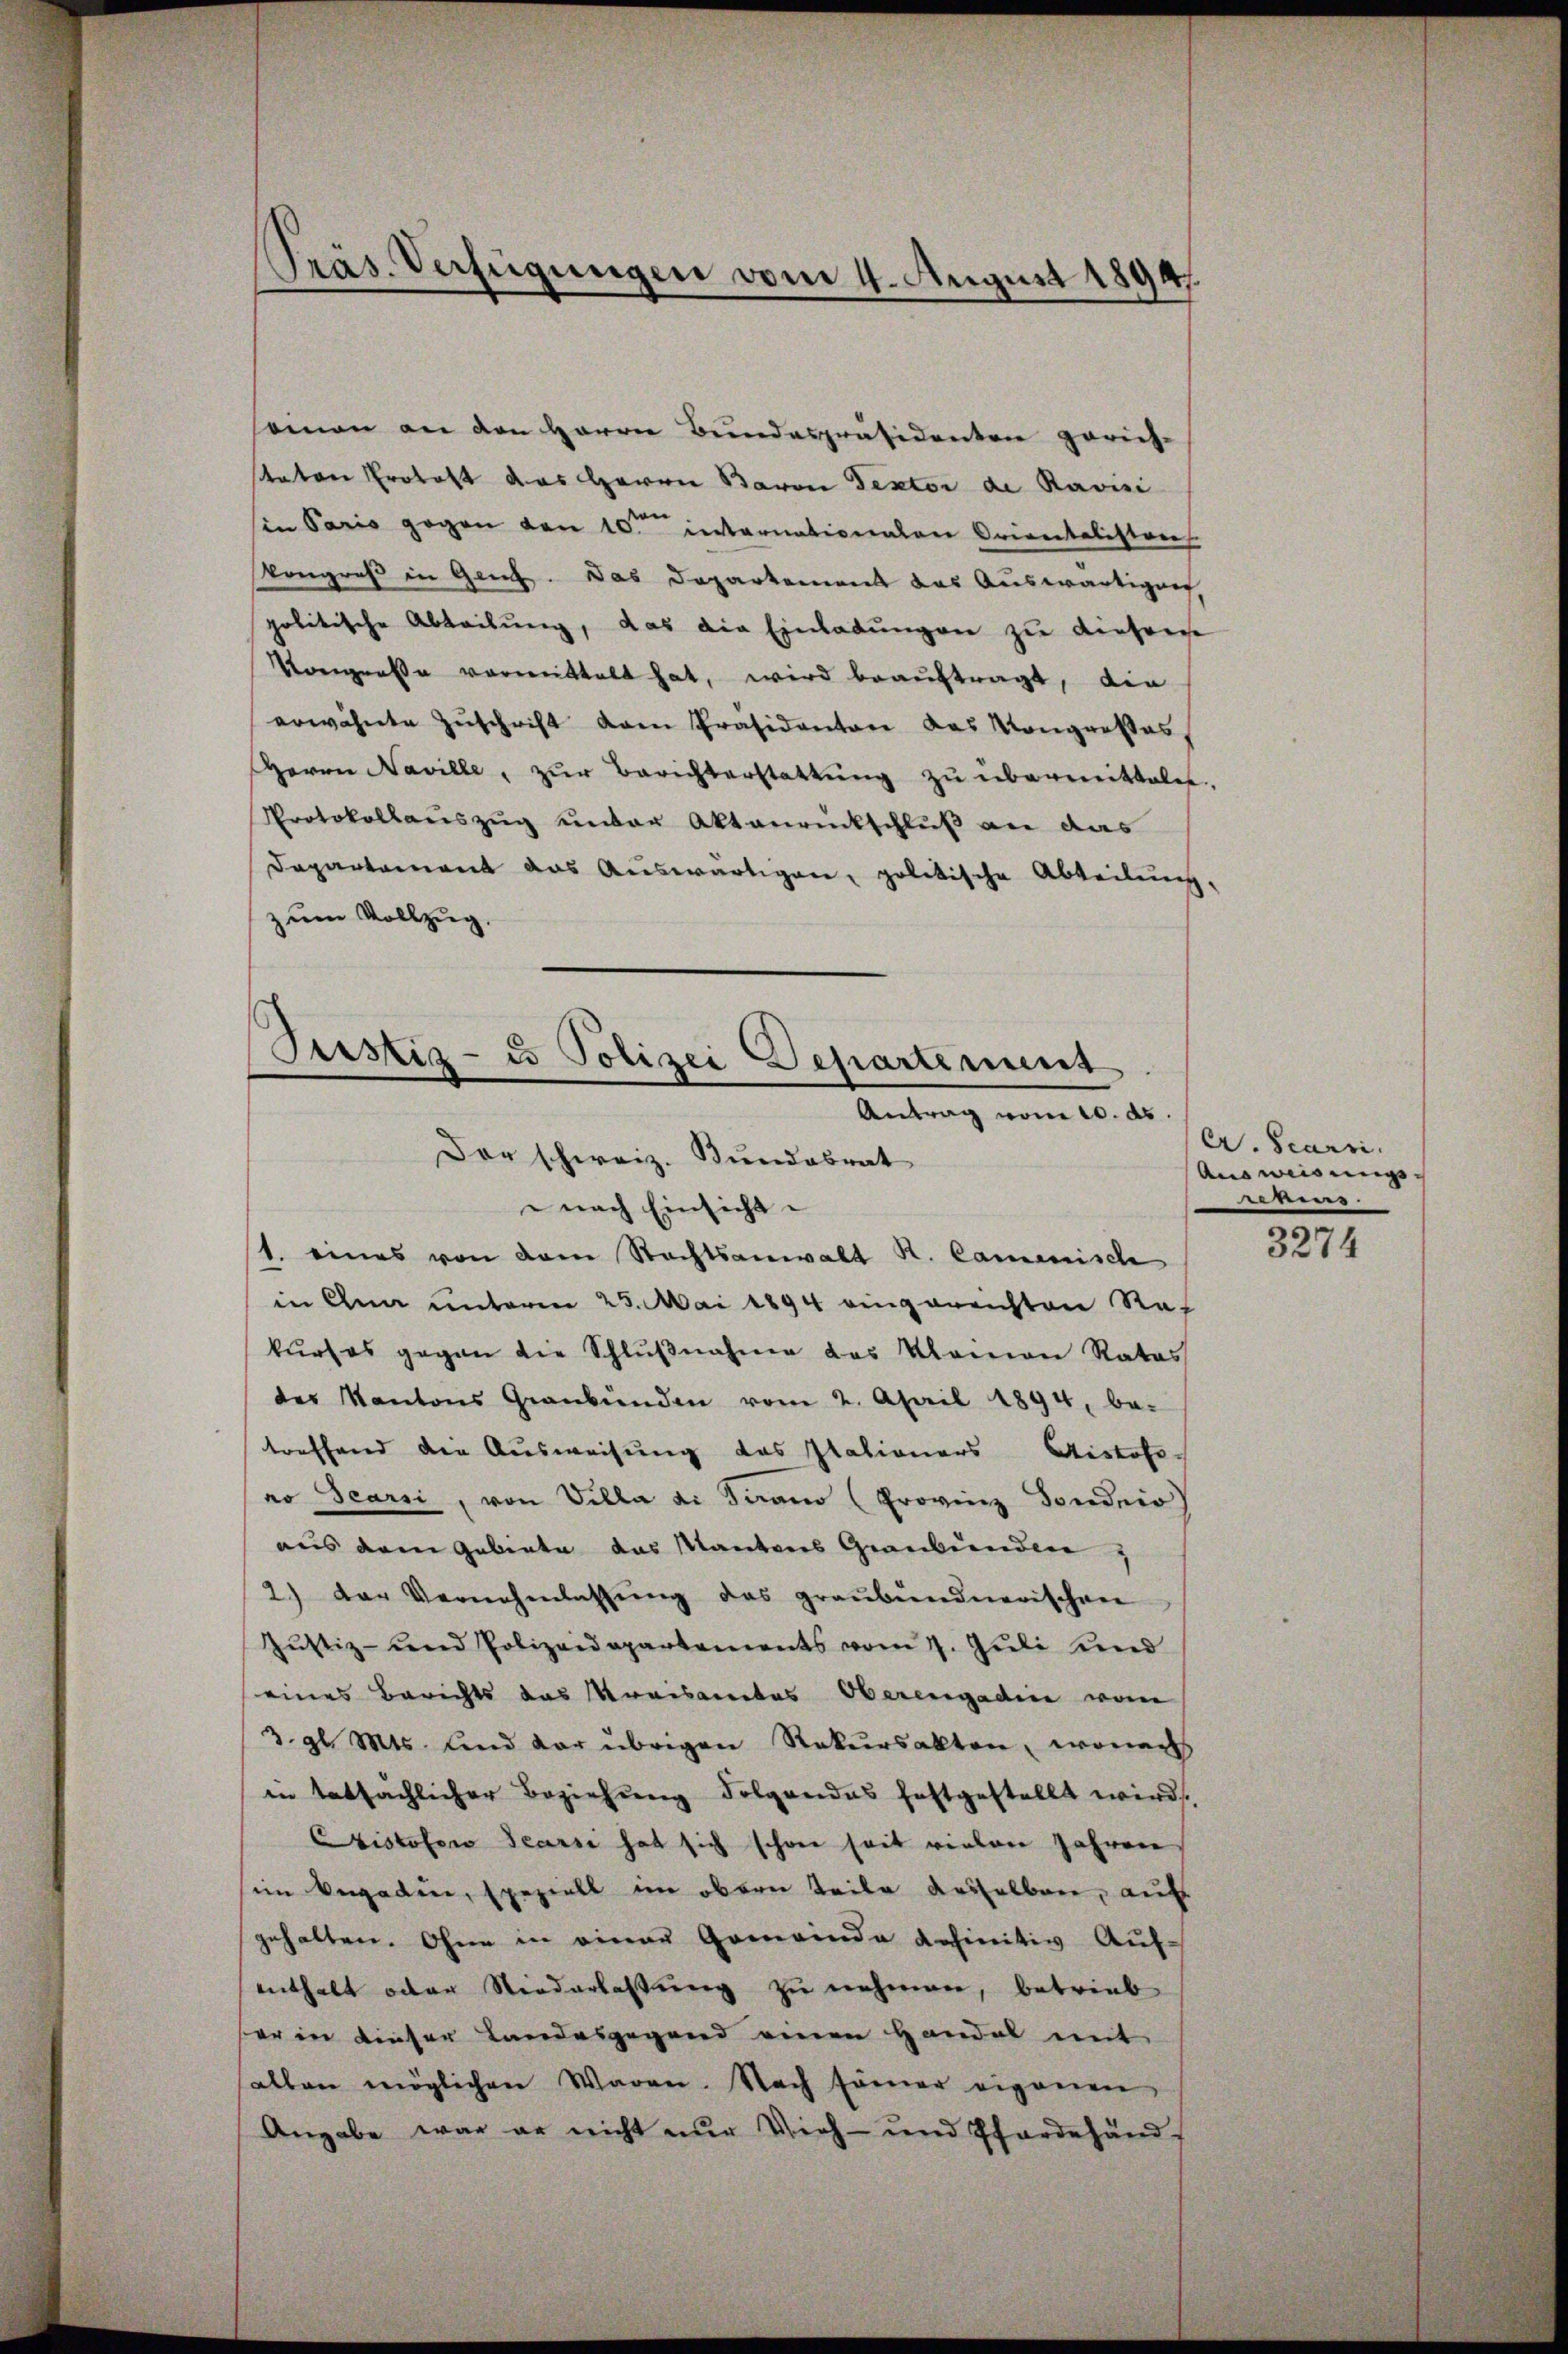
Präs. Verfügungen vom 4. August 1894

seinen an den Herrn Bundespräsidenten gerich-
tator Prohast das Herrn Baron Texter de Ravisi
in Paris gegen von 10. internationalen Orientalisteres
kongreß in Gen. Das Departement das Auswärtigen
politische Abteilung, das die Einladungen zu dieser
Vongresse vormittelt hat, wird beauftragt, die
erwähnte Zŭschrift dem Präsidenten das Kongresses,
Herrn Naville, zŭr Berichterstattŭng zŭ übermittale.
Protokollanszug unter Aktenrückschluß an das
Departement das Auswärtigen, politische Abteilung,
zum Vollzug.

Justiz- u Polizei Departement
Antrag vom 20. ds.
Der schweiz. Bundesrat

nach Einsicht
1. eines von dem Rechtsanwalt R. Camische
in Ohna unterm 25. Mai 1894 eingereichten Rat
kŭrses gegen die Schlŭβnahme des Klamon Rates
des Kantons Graubünden vom 2. April 1894, be-
treffend den Ausweisung des Ilationars Aistofs-
ro Scarsi, von Villa di Paramo (Provinz Fondnis
aus dem Gebiete das Kantons Graubünden
2) der Vernehmlassŭng das graubündnerischen
Justiz- und Polizeidepartements vom 7. Jŭli und
eines Berichts das Kreisamtes Oberengadin von
3. gl. Mts. und der übrigen Rekursakten, wonach
in tatsächlicher Beziehung Folgendes festgestellt wird.
Cistofowo Scarsi hat sich schon seit vielen Jahren
sin vergabung speziell im obern Teile desselben, aufs
gehalten. Ohne in einer Gemeinde definitiv Auf-
enthalt oder Niederlassung zu nehmen, betrieb
ser in dieser Landesgegend einen Handel mit
allen möglichen Waren. Nach samer eigenen
Angabe war er nicht nur Vieh- und Pfardehänd

er. Scarii.
Ausweisungs-
erens.

3274